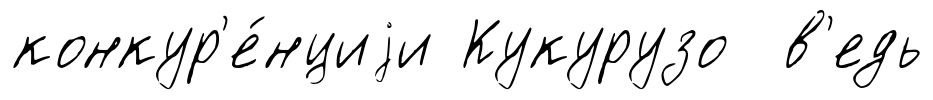
конкур'е́нциjи Кукурузо в'едь